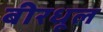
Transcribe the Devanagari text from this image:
बीरधूल